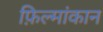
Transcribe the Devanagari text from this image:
फ़िल्मांकान